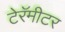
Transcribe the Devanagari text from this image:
टेरॅमीटर